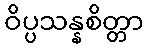
ဝိပ္ပသန္နစိတ္တာ